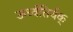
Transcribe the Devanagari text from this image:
ऊर्ध्वतिर्यक्‌